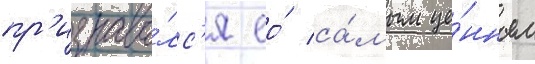
пр'изнава́лс'я ео́ са́мым це́нным